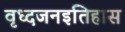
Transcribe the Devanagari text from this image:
वृध्दजनइतिहास